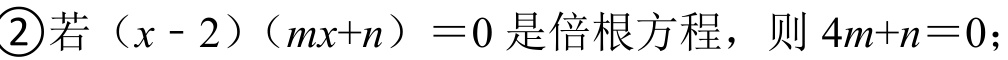
\textcircled{2}若\((x - 2)(mx + n)=0\)是倍根方程，则\(4m + n = 0\)；